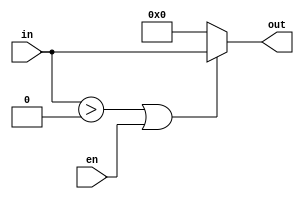
module reluMux(en, in, out);

    parameter DATA_WIDTH = 16;

    input en;
    input signed [DATA_WIDTH-1:0] in;
    output wire signed [DATA_WIDTH-1:0] out;

    assign out = (in > 0 || en) ? in : 0;

endmodule